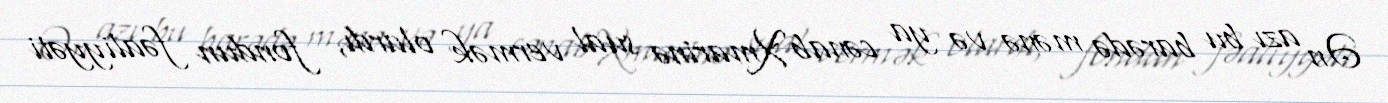
Ən azı bu barədə mənə və ya cənab Xmarinə sual vermək olardı, fondun fəaliyyəti